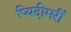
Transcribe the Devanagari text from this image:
प्यिदीमर्री